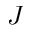
J